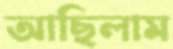
আছিলাম